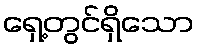
ရှေ့တွင်ရှိသော